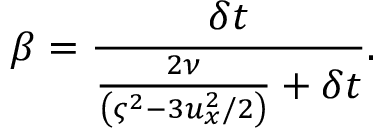
\beta = \frac { \delta t } { \frac { 2 \nu } { \left( \varsigma ^ { 2 } - 3 u _ { x } ^ { 2 } / 2 \right) } + \delta t } .